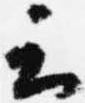
云